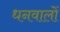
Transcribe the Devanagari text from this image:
धनवालों